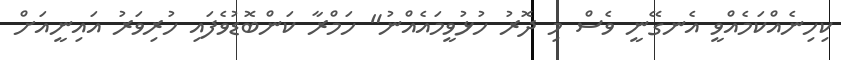
ކިހިނެއްކަމެއްވީ އެނގޭނީ ވެސް މި ދޮރު ހުޅުވީމައެއްނު" ހަމްރާ ކަންބޮޑުވެފައި ހުރިވަރު އައިނީއަށް